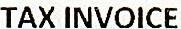
TAX INVOICE